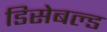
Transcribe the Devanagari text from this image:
डिसेबल्ड